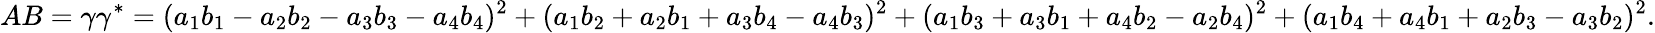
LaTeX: AB=\gamma\gamma^{*}=(a_{1}b_{1}-a_{2}b_{2}-a_{3}b_{3}-a_{4}b_{4})^{2}+(a_{1}b_{2}+a_{2}b_{1}+a_{3}b_{4}-a_{4}b_{3})^{2}+(a_{1}b_{3}+a_{3}b_{1}+a_{4}b_{2}-a_{2}b_{4})^{2}+(a_{1}b_{4}+a_{4}b_{1}+a_{2}b_{3}-a_{3}b_{2})^{2}.